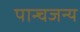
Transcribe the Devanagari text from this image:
पान्चजन्य